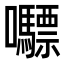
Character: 𭍇